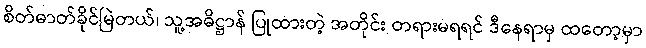
စိတ်ဓာတ်ခိုင်မြဲတယ်၊ သူ့အဓိဋ္ဌာန် ပြုထားတဲ့ အတိုင်း တရားမရရင် ဒီနေရာမှ ထတော့မှာ